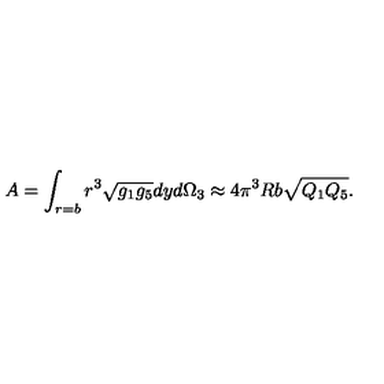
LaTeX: A = \int _ { r = b } r ^ { 3 } \sqrt { g _ { 1 } g _ { 5 } } d y d \Omega _ { 3 } \approx 4 \pi ^ { 3 } R b \sqrt { Q _ { 1 } Q _ { 5 } } .